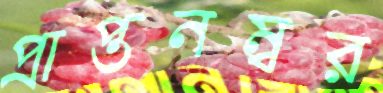
প্রাপ্তনম্বর